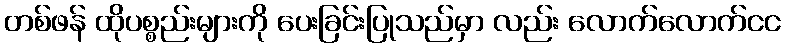
တစ်ဖန် ထိုပစ္စည်းများကို ပေးခြင်းပြုသည်မှာ လည်း လောက်လောက်ငင